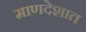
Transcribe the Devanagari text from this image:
माणदेशात